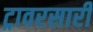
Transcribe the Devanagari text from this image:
ट्रावरसारी